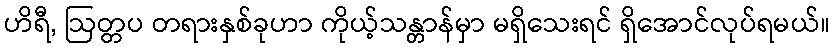
ဟိရီ, ဩတ္တပ တရားနှစ်ခုဟာ ကိုယ့်သန္တာန်မှာ မရှိသေးရင် ရှိအောင်လုပ်ရမယ်။